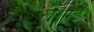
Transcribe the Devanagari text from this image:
खंगाई